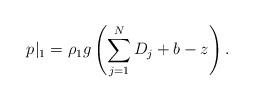
LaTeX: \begin{align*} p|_1 = \rho_1 g\left(\sum_{j=1}^N D_j + b - z\right).\end{align*}